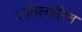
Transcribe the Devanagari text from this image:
अतिलालित